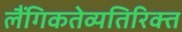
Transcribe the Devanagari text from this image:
लैंगिकतेव्यतिरिक्त